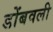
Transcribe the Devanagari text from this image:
डोंबवली